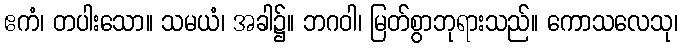
ဧကံ၊ တပါးသော။ သမယံ၊ အခါ၌။ ဘဂဝါ၊ မြတ်စွာဘုရားသည်။ ကောသလေသု၊